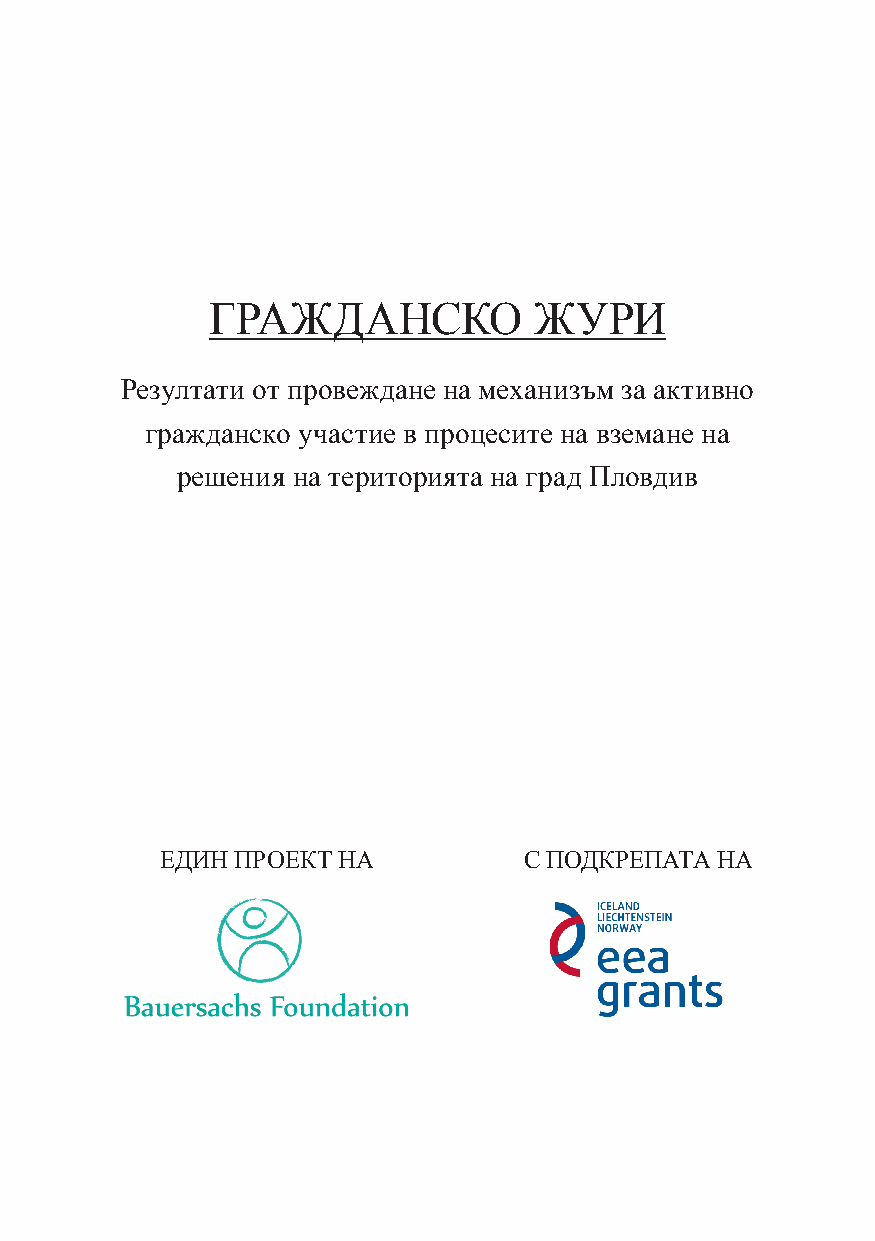
ГРАЖДАНСКО           ЖУРИ
 Резултати от провеждане на механизъм за активно
 гражданско участие в процесите на вземане на
 решения на територията на град Пловдив
 ЕДИН ПРОЕКТ НА          С ПОДКРЕПАТА НА
 1